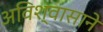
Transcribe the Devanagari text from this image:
अविश्वासाने